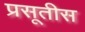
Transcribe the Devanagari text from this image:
प्रसूतीस